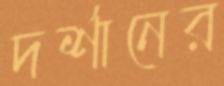
দর্শানের